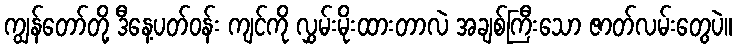
ကျွန်တော်တို့ ဒီနေ့ပတ်ဝန်း ကျင်ကို လွှမ်းမိုးထားတာလဲ အချစ်ကြီးသော ဇာတ်လမ်းတွေပဲ။